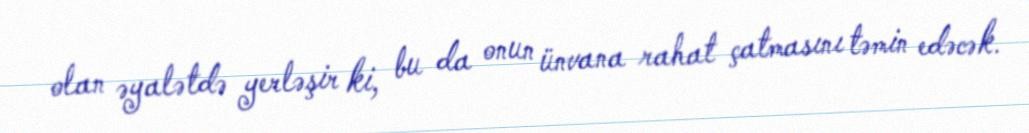
olan əyalətdə yerləşir ki, bu da onun ünvana rahat çatmasını təmin edəcək.